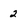
Character: 2